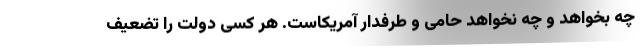
چه بخواهد و چه نخواهد حامی و طرفدار آمریکاست. هر کسی دولت را تضعیف